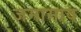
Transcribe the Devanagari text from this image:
जमामाव